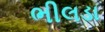
ભીલડા